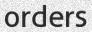
orders